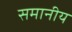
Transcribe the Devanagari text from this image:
समानीय